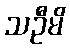
သဦမိ